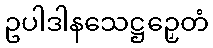
ဥပါဒါနသေဋ္ဌဉှေတံ